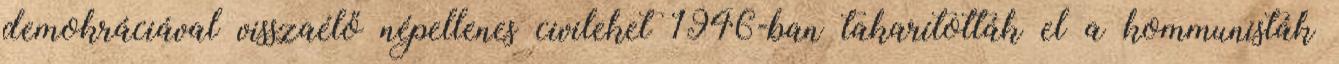
demokráciával visszaélő népellenes civileket 1946-ban takarították el a kommunisták